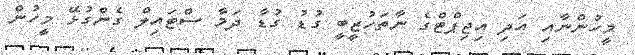
މީހުންނާއި އަދި އިޖިޕްޓްގެ ނާތަހުޒީބީ ގުޑު ގުޑާ ދަމާ ސްޓައިލް ގެންގުޅޭ މީހުން